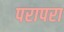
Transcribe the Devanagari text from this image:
परापरा